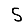
Digit: 5